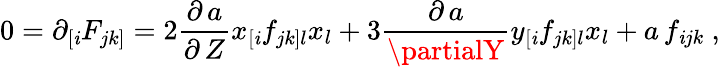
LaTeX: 0=\partial_{[\mathit{i}}F_{jk]}=2\frac{{\partial\, a}}{{\partial\, Z}}x_{[\mathit{i}}f_{jk]l}x_{l}+3\frac{{\partial\, a}}{{\partialY}}y_{[\mathit{i}}f_{jk]l}x_{l}+a\, f_{\mathit{i}jk}\ ,